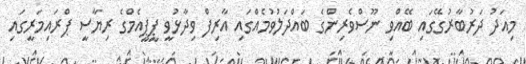
މިއަދު ދަރުބާރުގޭގައި ބޭއްވި ނޫސްވެރިންގެ ބައްދަލުވުމެއްގައި އާރިފް ވިދާޅުވީ ޕީޕީއެމްގެ ރިޔާސީ ޕްރައިމަރީގައި